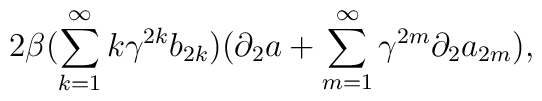
2 \beta (\sum_{k=1}^{\infty}k{\gamma}^{2k} b_{2k})({\partial}_{2} a + \sum_{m=1}^{\infty}{\gamma}^{2m}{\partial}_{2} a_{2m}),